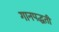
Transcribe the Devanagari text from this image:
गानपद्धती